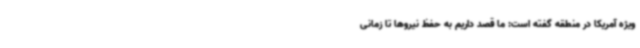
ویژه آمریکا در منطقه گفته است: ما قصد داریم به حفظ نیروها تا زمانی